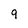
Character: q